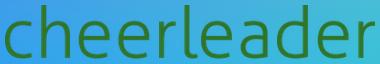
cheerleader